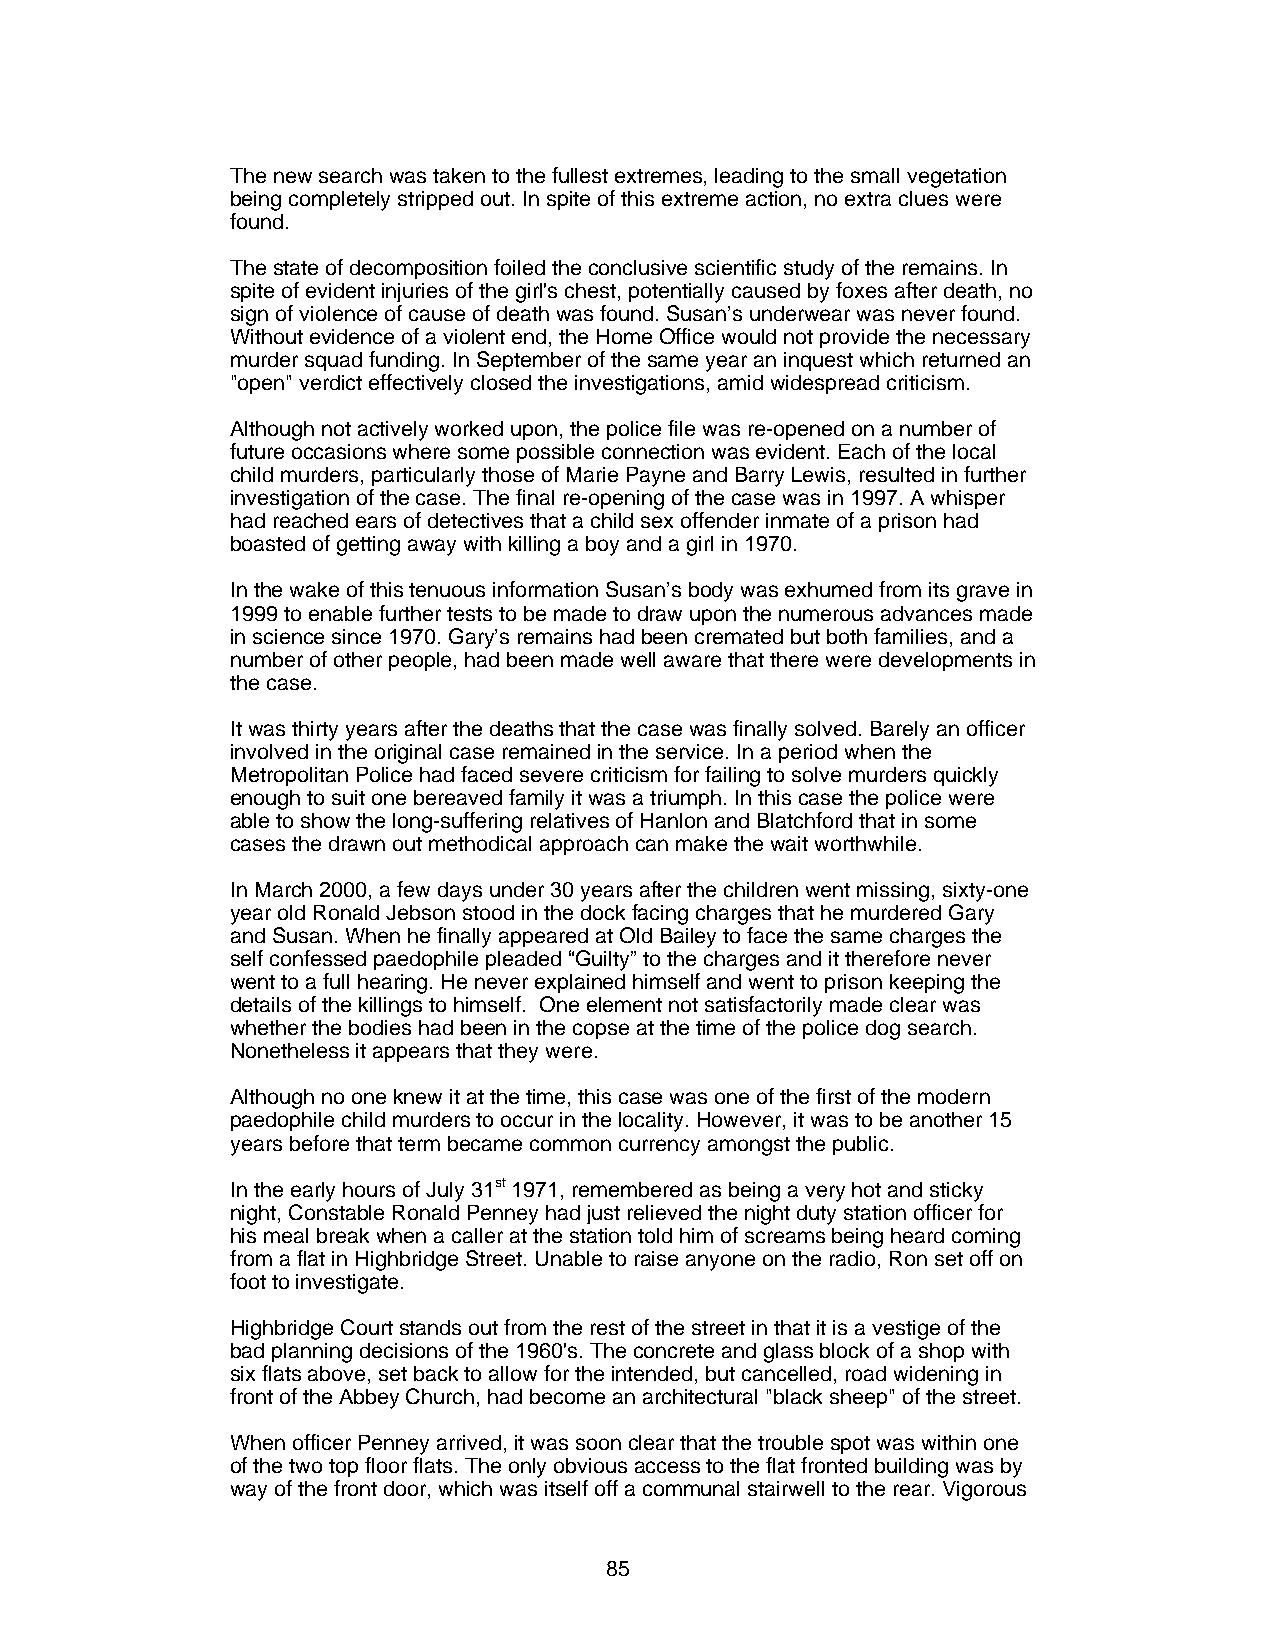
The new search was taken to the fullest extremes, leading to the small vegetation
 being completely stripped out. In spite of this extreme action, no extra clues were
 found.
 The state of decomposition foiled the conclusive scientific study of the remains. In
 spite of evident injuries of the girl's chest, potentially caused by foxes after death, no
 sign of violence of cause of death was found. Susan’s underwear was never found.
 Without evidence of a violent end, the Home Office would not provide the necessary
 murder squad funding. In September of the same year an inquest which returned an
 "open" verdict effectively closed the investigations, amid widespread criticism.
 Although not actively worked upon, the police file was re-opened on a number of
 future occasions where some possible connection was evident. Each of the local
 child murders, particularly those of Marie Payne and Barry Lewis, resulted in further
 investigation of the case. The final re-opening of the case was in 1997. A whisper
 had reached ears of detectives that a child sex offender inmate of a prison had
 boasted of getting away with killing a boy and a girl in 1970.
 In the wake of this tenuous information Susan’s body was exhumed from its grave in
 1999 to enable further tests to be made to draw upon the numerous advances made
 in science since 1970. Gary’s remains had been cremated but both families, and a
 number of other people, had been made well aware that there were developments in
 the case.
 It was thirty years after the deaths that the case was finally solved. Barely an officer
 involved in the original case remained in the service. In a period when the
 Metropolitan Police had faced severe criticism for failing to solve murders quickly
 enough to suit one bereaved family it was a triumph. In this case the police were
 able to show the long-suffering relatives of Hanlon and Blatchford that in some
 cases the drawn out methodical approach can make the wait worthwhile.
 In March 2000, a few days under 30 years after the children went missing, sixty-one
 year old Ronald Jebson stood in the dock facing charges that he murdered Gary
 and Susan. When he finally appeared at Old Bailey to face the same charges the
 self confessed paedophile pleaded “Guilty” to the charges and it therefore never
 went to a full hearing. He never explained himself and went to prison keeping the
 details of the killings to himself. One element not satisfactorily made clear was
 whether the bodies had been in the copse at the time of the police dog search.
 Nonetheless it appears that they were.
 Although no one knew it at the time, this case was one of the first of the modern
 paedophile child murders to occur in the locality. However, it was to be another 15
 years before that term became common currency amongst the public.
 In the early hours of July 31st 1971, remembered as being a very hot and sticky
 night, Constable Ronald Penney had just relieved the night duty station officer for
 his meal break when a caller at the station told him of screams being heard coming
 from a flat in Highbridge Street. Unable to raise anyone on the radio, Ron set off on
 foot to investigate.
 Highbridge Court stands out from the rest of the street in that it is a vestige of the
 bad planning decisions of the 1960's. The concrete and glass block of a shop with
 six flats above, set back to allow for the intended, but cancelled, road widening in
 front of the Abbey Church, had become an architectural "black sheep" of the street.
 When officer Penney arrived, it was soon clear that the trouble spot was within one
 of the two top floor flats. The only obvious access to the flat fronted building was by
 way of the front door, which was itself off a communal stairwell to the rear. Vigorous
 85